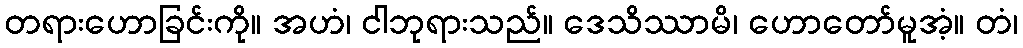
တရားဟောခြင်းကို။ အဟံ၊ ငါဘုရားသည်။ ဒေသိဿာမိ၊ ဟောတော်မူအံ့။ တံ၊